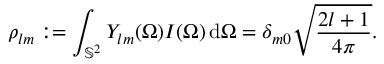
\rho _ { l m } : = \int _ { \mathbb { S } ^ { 2 } } Y _ { l m } ( \Omega ) I ( \Omega ) \, \mathrm { d } \Omega = \delta _ { m 0 } \sqrt { \frac { 2 l + 1 } { 4 \pi } } .